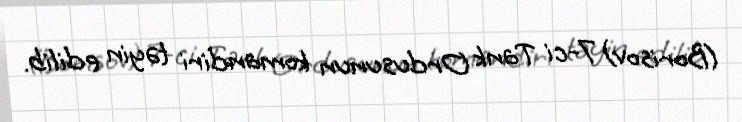
(Borisov) 7-ci Tank Ordusunun komandiri təyin edilib.